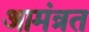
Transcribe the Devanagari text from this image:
आमंत्रत